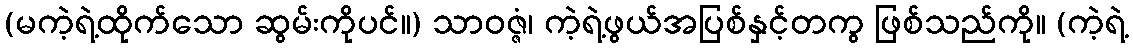
(မကဲ့ရဲ့ထိုက်သော ဆွမ်းကိုပင်။) သာဝဇ္ဇံ၊ ကဲ့ရဲ့ဖွယ်အပြစ်နှင့်တကွ ဖြစ်သည်ကို။ (ကဲ့ရဲ့